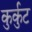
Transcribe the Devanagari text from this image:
कुर्कुट